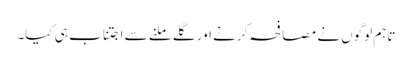
تاہم لوگوں نے مصافحہ کرنے اور گلے ملنے سے اجتناب ہی کیا۔